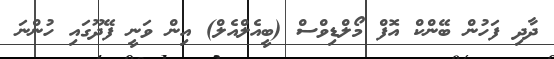
ދާދި ފަހުން ބޭންކް އޮފް މޯލްޑިވްސް (ބީއެލްއެލް) އިން ވަނީ ފޭދޫގައި ހުންނަ